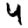
Digit: 4